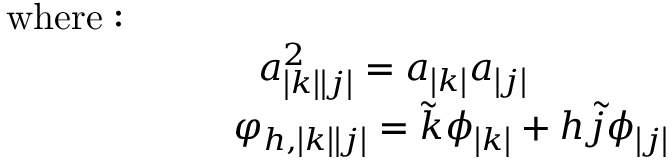
\begin{array} { r l } & { \mathrm { w h e r e : ~ } } \\ & { ~ ~ ~ ~ ~ ~ ~ ~ ~ ~ ~ ~ ~ ~ ~ ~ ~ ~ ~ ~ a _ { \left| k \right| \left| j \right| } ^ { 2 } = a _ { \left| k \right| } a _ { \left| j \right| } } \\ & { ~ ~ ~ ~ ~ ~ ~ ~ ~ ~ ~ ~ ~ ~ ~ ~ ~ ~ \varphi _ { h , \left| k \right| \left| j \right| } = \tilde { k } \phi _ { \left| k \right| } + h \tilde { j } \phi _ { \left| j \right| } } \end{array}